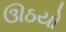
ઊઠયો